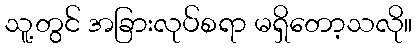
သူ့တွင် အခြားလုပ်စရာ မရှိတော့သလို။